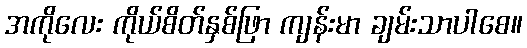
အကိုလေး ကိုယ်စိတ်နှစ်ဖြာ ကျန်းမာ ချမ်းသာပါစေ။